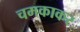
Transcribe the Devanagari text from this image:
चमकाकर